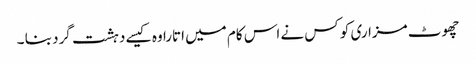
چھوٹ مزاری کو کس نے اس کام میں اتارا وہ کیسے دہشت گرد بنا ۔